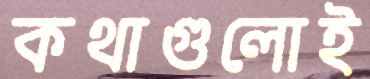
কথাগুলোই